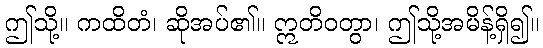
ဤသို့။ ကထိတံ၊ ဆိုအပ်၏။ ဣတိဝတွာ၊ ဤသို့အမိန့်ရှိ၍။